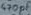
Text: 470µF